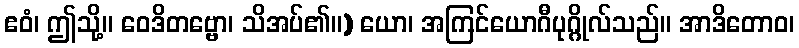
ဧဝံ၊ ဤသို့။ ဝေဒိတဗ္ဗော၊ သိအပ်၏။) ယော၊ အကြင်ယောဂီပုဂ္ဂိုလ်သည်။ အာဒိတောဝ၊